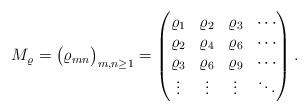
\begin{align*} M_\varrho = \big( \varrho_{mn} \big)_{m,n\geq1} = \begin{pmatrix}\varrho_1 & \varrho_2 & \varrho_3 & \cdots \\\varrho_2 & \varrho_4 & \varrho_6 & \cdots \\\varrho_3 & \varrho_6 & \varrho_9 & \cdots \\\vdots & \vdots & \vdots & \ddots\end{pmatrix}.\end{align*}